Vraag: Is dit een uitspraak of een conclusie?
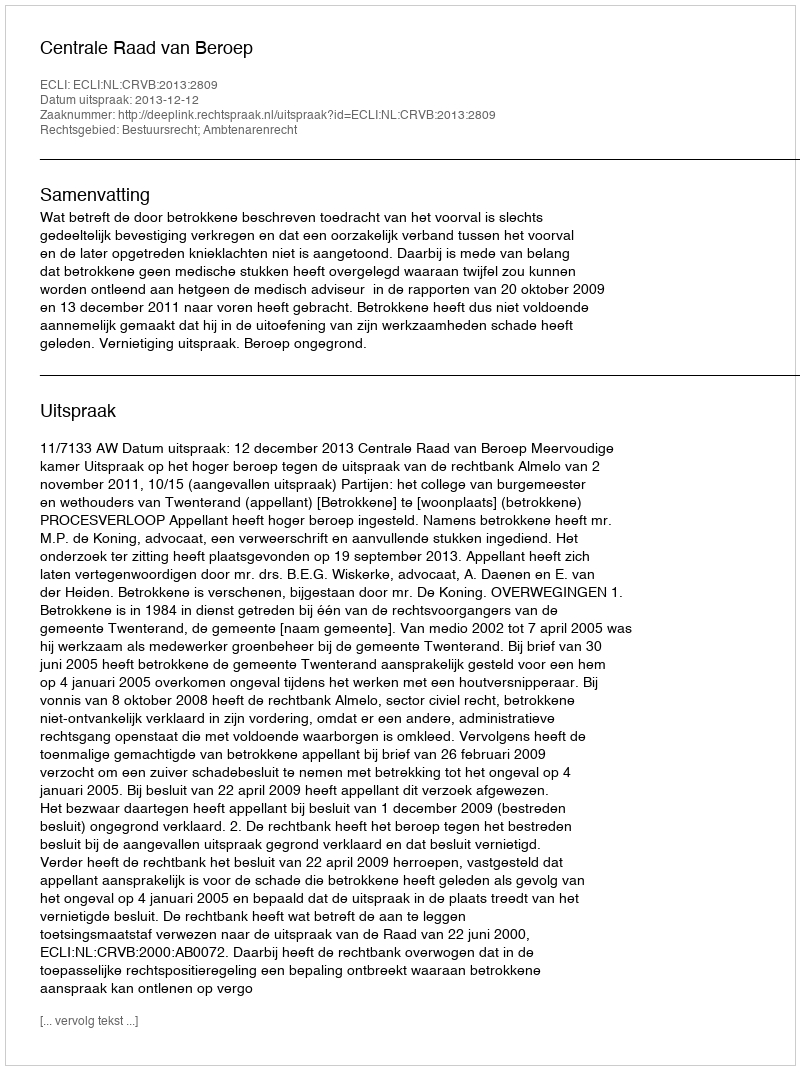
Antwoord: Uitspraak